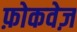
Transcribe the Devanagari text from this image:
फ़ोकवेज़